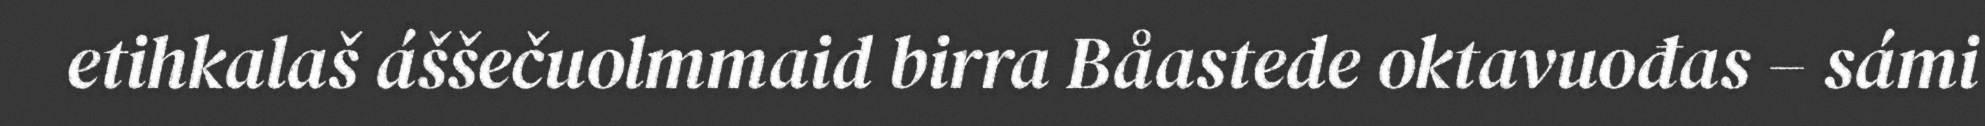
etihkalaš áššečuolmmaid birra Båastede oktavuođas – sámi